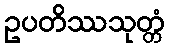
ဥပတိဿသုတ္တံ